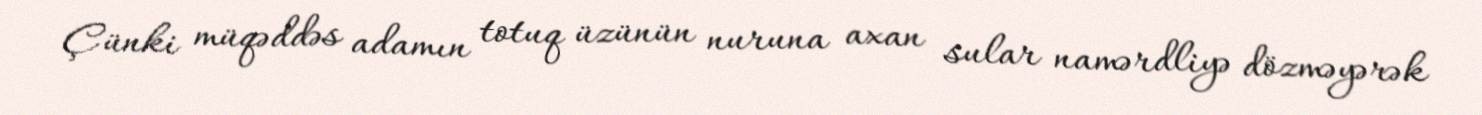
Çünki müqəddəs adamın totuq üzünün nuruna axan sular namərdliyə dözməyərək